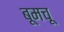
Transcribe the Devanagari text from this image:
बूमचू